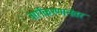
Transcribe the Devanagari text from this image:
वर्गीकरणानंतर